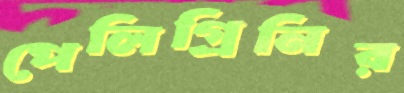
পেলিগ্রিনির